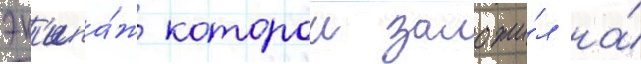
эк'ипа́ж которои заложи́л на́